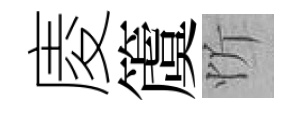
庱𥵂忻